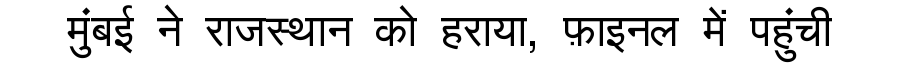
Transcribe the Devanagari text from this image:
मुंबई ने राजस्थान को हराया, फ़ाइनल में पहुंची